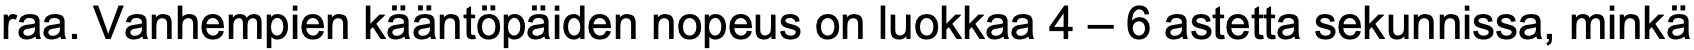
raa. Vanhempien kääntöpäiden nopeus on luokkaa 4 – 6 astetta sekunnissa, minkä